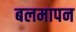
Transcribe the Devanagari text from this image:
बलमापन